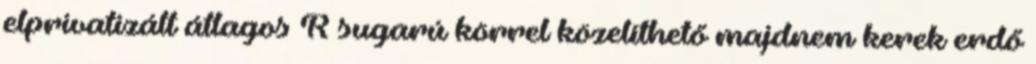
elprivatizált átlagos R sugarú körrel közelíthető majdnem kerek erdő